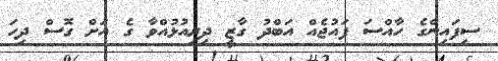
ސިފައިންގެ ހާއްސަ ފައުޖެއް އަބްދު ގާޒީ ދިރިއުޅުއްވާ ގެ އަށް ގޮސް ދިހަ